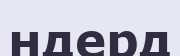
ндерд